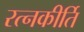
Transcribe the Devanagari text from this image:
रत्‍नकीर्ति